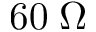
6 0 \; \Omega